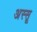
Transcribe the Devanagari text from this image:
अस्सू